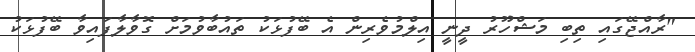
"ރާއްޖޭގައި ތިބި މަޝްހޫރު ދީނީ އިލްމުވެރިން އެ ބޭފުޅަކު ތައުބާވުމަށް ގޮވާލާފައިވާ ބޭފުޅަކު